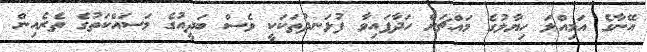
އޭނާގެ އަމިއްލަ ހިޔާލުގެ މައްޗަށް ހަދާފައިވާ ފުޅަނދުތަކަކީ ވެސް ބަދީއުގެ މަސައްކަތުގެ ތެރެއިން